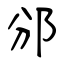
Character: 邠